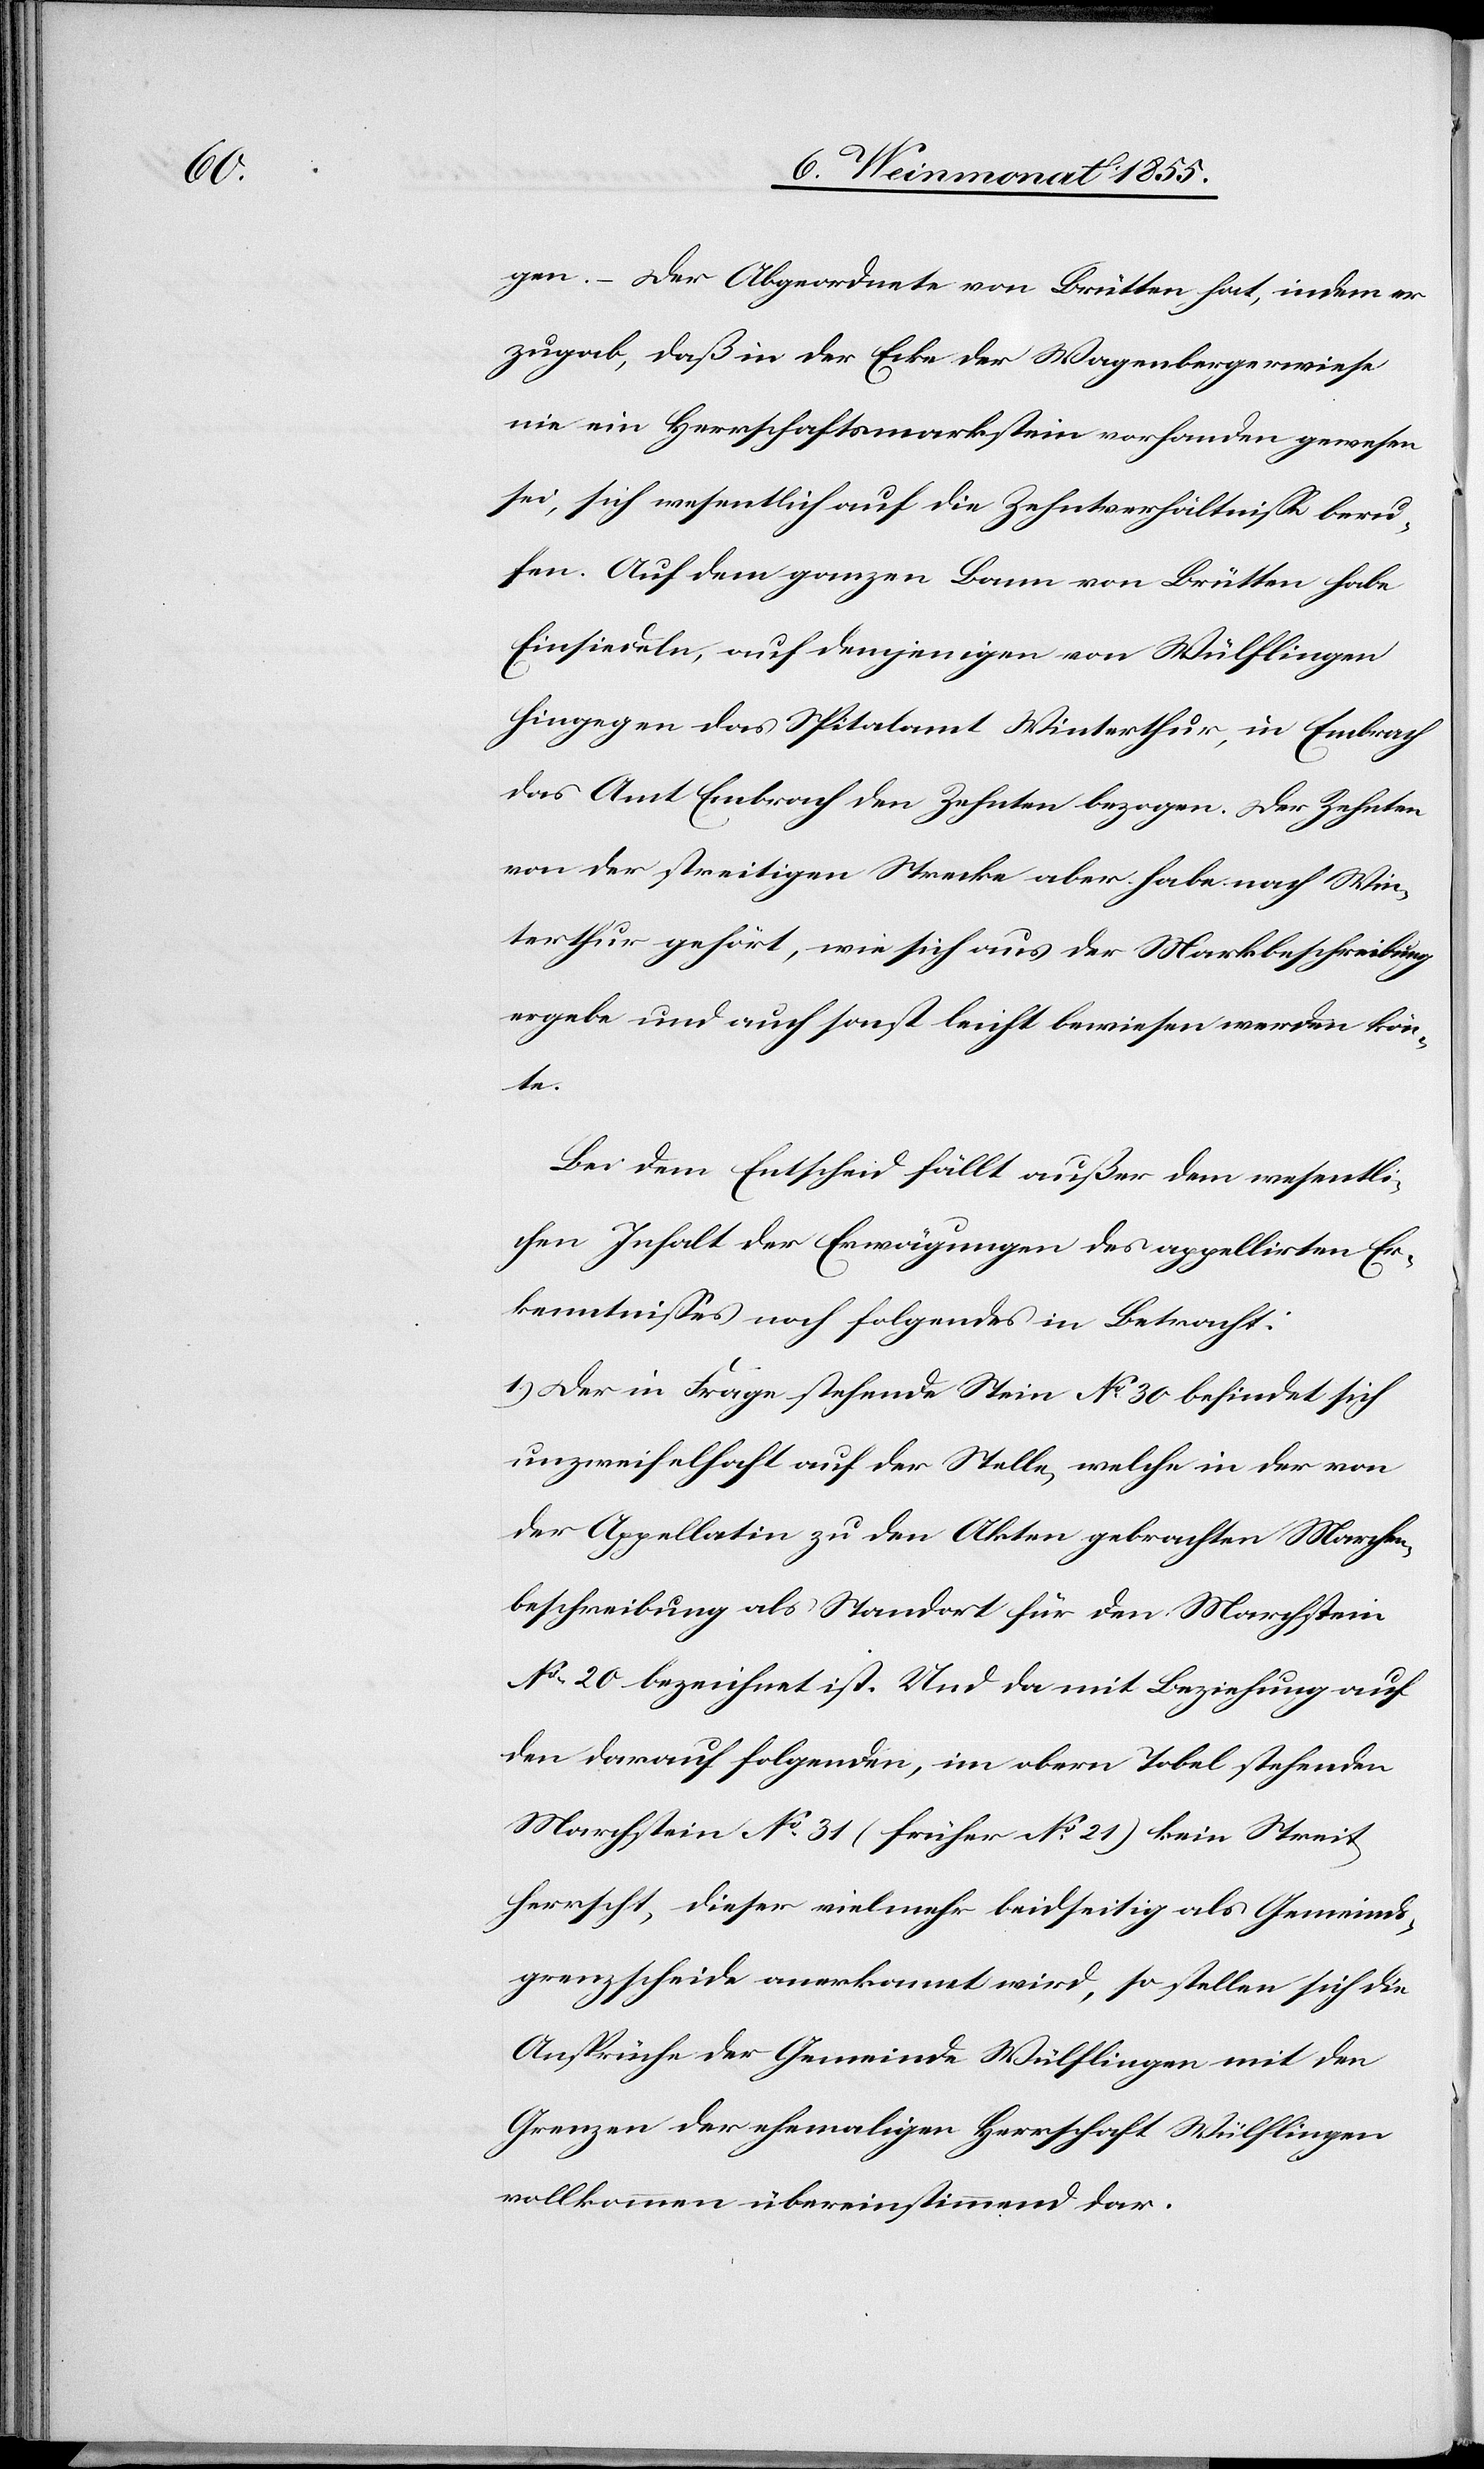
n[n]te.

gen. – Der Abgeordnete von Brütten hat, indem er
zugab, daß in der Ecke der Wagenbergerwiese
nie ein Herrschaftsmarkstein vorhanden gewesen
sei, sich wesentlich auf die Zehntverhältnisse beru¬
fen. Auf dem ganzen Bann von Brütten habe
Einsiedeln, auf demjenigen von Wülflingen
hingegen das Spitalamt Winterthur, in Embrach
das Amt Embrach den Zehnten bezogen. Der Zehnten
von der streitigen Strecke aber habe nach Win¬
terthur gehört, wie sich aus der Markbeschreibung
ergebe und auch sonst leicht bewiesen werden kö¬
Bei dem Entscheid fällt außer dem wesentli¬
chen Inhalt der Erwägungen des appellirten Er¬
kenntnisses noch folgendes in Betracht:
1.) Der in Frage stehende Stein No 30 befindet sich
unzweifelhaft auf der Stelle, welche in der von
der Appellatin zu den Akten gebrachten Marchen¬
beschreibung als Standort für den Marchstein
No 20 bezeichnet ist. Und da mit Beziehung auf
den darauf folgenden, im obern Tobel stehenden
Marchstein No 31 (früher No 21) kein Streit
herrscht, dieser vielmehr beidseitig als Gemeinds¬
grenzscheide anerkannt wird, so stellen sich die
Ansprüche der Gemeinde Wülflingen mit den
Grenzen der ehemaligen Herrschaft Wülflingen
vollkommen übereinstimmend dar.